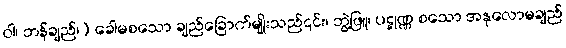
ဝါ၊ ဘန်ချည်၊) ခေါမစသော ချည်ခြောက်မျိုးသည်၎င်း၊ ဘွဲ့ဖြူ၊ ပဋ္ဋုဏ္ဏ စသော အနုလောမချည်